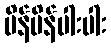
ပိန်ပိန်ပါးပါး